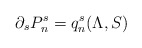
\begin{align*}\partial_sP_n^s=q_n^s(\Lambda,S)\end{align*}